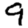
Digit: 9